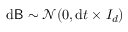
\mathrm { d } \mathsf { B } \sim \mathcal { N } ( 0 , \mathrm { d } t \times I _ { d } )